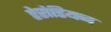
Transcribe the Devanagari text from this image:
हेरोडियन